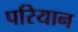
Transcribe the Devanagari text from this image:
परियान